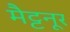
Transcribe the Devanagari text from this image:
मैट्टनूर